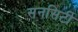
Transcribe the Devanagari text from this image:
सनसिटी